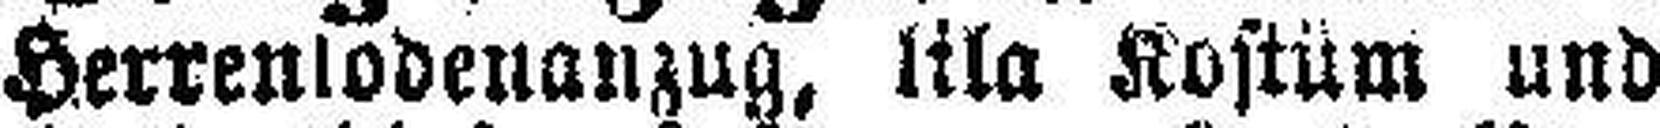
Herrenlodenanzug, lila Kostüm und